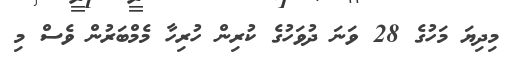
މިދިޔަ މަހުގެ 28 ވަނަ ދުވަހުގެ ކުރިން ހުރިހާ މެމްބަރުން ވެސް މި